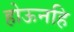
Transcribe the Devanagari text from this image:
होऊनहि